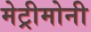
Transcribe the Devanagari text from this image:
मेट्रीमोनी